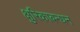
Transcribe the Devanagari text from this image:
क्षुरिकाबन्धन